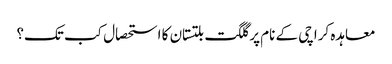
معاہدہ کراچی کے نام پر گلگت بلتستان کا استحصال کب تک؟